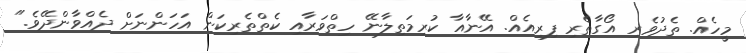
މީހެއް. ތެދުވެރި އޯގާތެރި ފިރިއެއް. އޭނާއާ ކުރިމަތިލާނޭ ހިތްވަރާއި ކެތްތެރިކަން އަހަންނަށް ދެއްވާންދޭވެ."